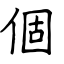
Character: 個